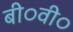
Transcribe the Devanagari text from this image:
बी०वी०